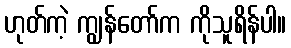
ဟုတ်ကဲ့ ကျွန်တော်က ကိုသူရိန်ပါ။